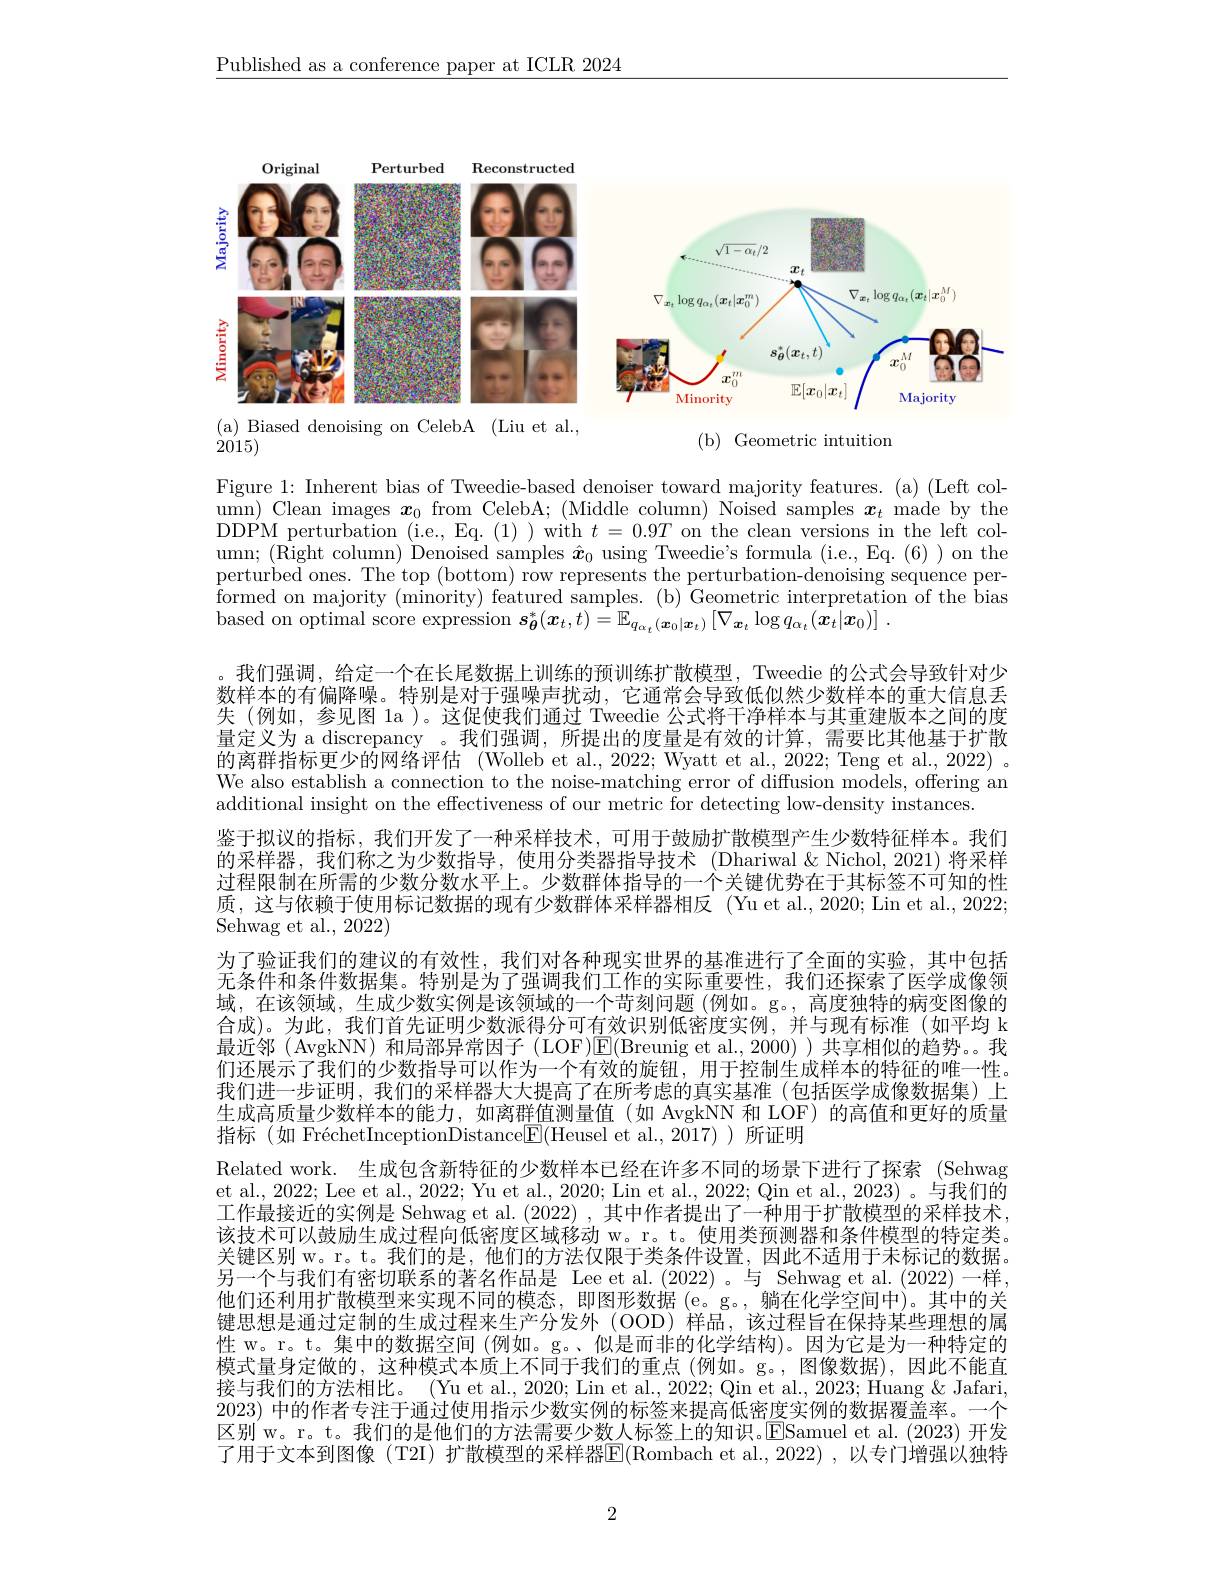
$\underline{\text{Published as a conference paper at ICLR 2024}}$

<FigureHere>
( a) Biased denoising on CelebA ( Liu et al. ,

2015)

( b) Geometric intuition

Figure 1: Inherent bias of Tweedie-based denoiser toward majority features. (a) (Left column) Clean images $x_0$ from CelebA; (Middle column) Noised samples $x_t$ made by the DDPM perturbation (i.e., Eq. (1) ) with $t=0.9T$ on the clean versions in the left column; (Right column) Denoised samples $\hat{\boldsymbol{x}}_0$ using Tweedie's formula (i.e., Eq.(6)) on the perturbed ones. The top (bottom) row represents the perturbation-denoising sequence per- formed on majority ( minority) featured samples. ( b) Geometric interpretation of the bias based on optimal score expression $s_{\boldsymbol{\theta}}^*(\boldsymbol{x}_t,t)=\mathbb{E}_{q_{\alpha_t}(\boldsymbol{x}_0|\boldsymbol{x}_t)}\left[\nabla_{\boldsymbol{x}_t}\log q_{\alpha_t}(\boldsymbol{x}_t|\boldsymbol{x}_0)\right].$
我们强调，给定一个在长尾数据上训练的预训练扩散模型，Tweedie 的公式会导致针对少数样本的有偏降噪。特别是对于强噪声扰动，它通常会导致低似然少数样本的重大信息丢失 (例如，参见图 la )。这促使我们通过 Tweedie 公式将干净样本与其重建版本之间的度量定义为 a discrepancy 。我们强调，所提出的度量是有效的计算，需要比其他基于扩散$\hat{\text{的离群指标更少的网络评估 (Wolleb et al.,2022; Wyatt et al.,2022; Teng et al.,2022) }}$。We also establish a connection to the noise-matching error of diffusion models, offering an additional insight on the effectiveness of our metric for detecting low-density instances.
鉴于拟议的指标，我们开发了一种采样技术，可用于鼓励扩散模型产生少数特征样本。我们的采样器，我们称之为少数指导，使用分类器指导技术 (Dhariwal&Nichol,2021)将采样过程限制在所需的少数分数水平上。少数群体指导的一个关键优势在于其标签不可知的性质，这与依赖于使用标记数据的现有少数群体采样器相反 (Yu et al., 2020; Lin et al., 2022; Sehwag et al., 2022)
为了验证我们的建议的有效性，我们对各种现实世界的基准进行了全面的实验，其中包括无条件和条件数据集。特别是为了强调我们工作的实际重要性，我们还探索了医学成像领域，在该领域，生成少数实例是该领域的一个苛刻问题 (例如。g。,高度独特的病变图像的合成)。为此，我们首先证明少数派得分可有效识别低密度实例，并与现有标准(如平均 k 最近邻(AvgkNN) 和局部异常因子(LOF)$\mathbb{E}($Breunig et al.,2000))共享相似的趋势。我们还展示了我们的少数指导可以作为一个有效的旋钮，用于控制生成样本的特征的唯一性。我们进一步证明，我们的采样器大大提高了在所考虑的真实基准(包括医学成像数据集)上生成高质量少数样本的能力，如离群值测量值(如 AvgkNN 和 LOF)的高值和更好的质量指标(如 FréchetInceptionDistance$\boxed{\mathrm{F}}($Heusel et al.,2017))所证明
Related work. 生成包含新特征的少数样本已经在许多不同的场景下进行了探索 (Sehwag et al., 2022; Lee et al., 2022; Yu et al., 2020; Lin et al., 2022; Qin et al., 2023)。与我们的工作最接近的实例是 Sehwag et al. (2022) ,其中作者提出了一种用于扩散模型的采样技术， 该技术可以鼓励生成过程向低密度区域移动 w。r。t。使用类预测器和条件模型的特定类。关键区别 w。r。t。我们的是，他们的方法仅限于类条件设置，因此不适用于未标记的数据。另一个与我们有密切联系的著名作品是 Lee et al.(2022)。与 Sehwag et al.(2022) 一样他们还利用扩散模型来实现不同的模态，即图形数据(e。g。,躺在化学空间中)。其中的关键思想是通过定制的生成过程来生产分发外(OOD)样品，该过程旨在保持某些理想的属性 w。r。t。集中的数据空间(例如。g。、似是而非的化学结构)。因为它是为一种特定的模式量身定做的，这种模式本质上不同于我们的重点(例如。g。,图像数据),因此不能直接与我们的方法相比。(Yu et al., 2020; Lin et al., 2022; Qin et al., 2023; Huang & Jafari, 2023) 中的作者专注于通过使用指示少数实例的标签来提高低密度实例的数据覆盖率。一个区别 w。r。t。我们的是他们的方法需要少数人标签上的知识。ESamuel et al. ( 2023) 开发了用于文本到图像(T2I) 扩散模型的采样器$\overline{\mathrm{E}}($Rombach et al., 2022) ,以专门增强以独特

2